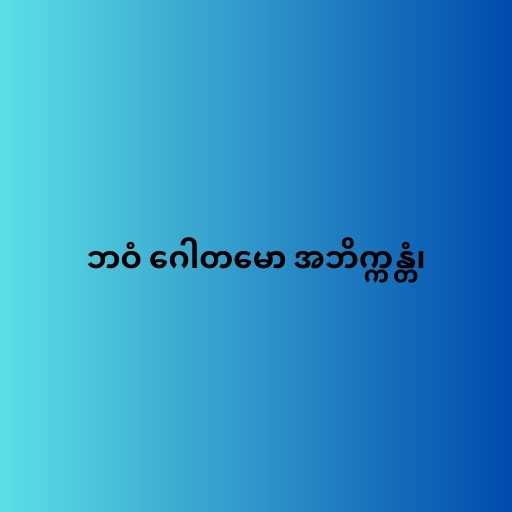
ဘဝံ ဂေါတမော အဘိက္ကန္တံ၊